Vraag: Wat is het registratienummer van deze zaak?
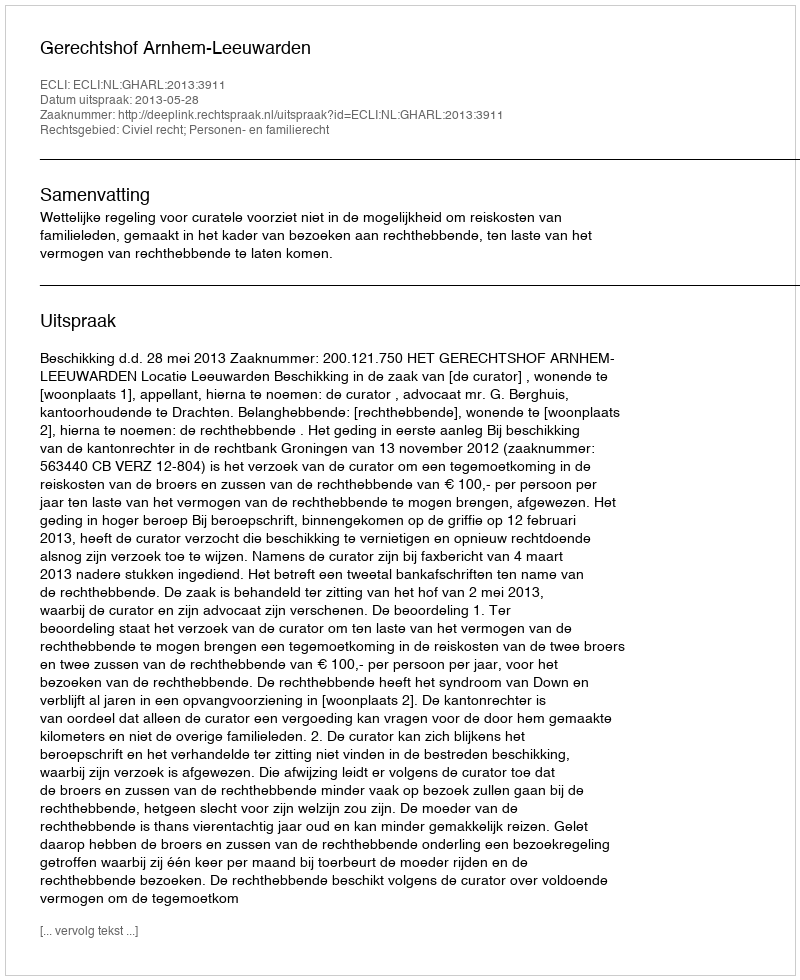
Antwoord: http://deeplink.rechtspraak.nl/uitspraak?id=ECLI:NL:GHARL:2013:3911